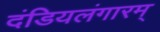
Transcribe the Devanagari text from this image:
दंडियलंगारम्